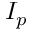
I _ { p }